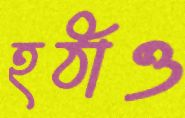
হঠাও